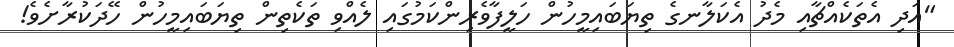
"އަދި އެތަކެއްޗާއި މެދު އެކަލާނގެ ތިޔަބައިމީހުން ހަލީފާވެރިންކަމުގައި ލެއްވި ތަކެތިން ތިޔަބައިމީހުން ހޭދަކުރާށެވެ!